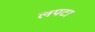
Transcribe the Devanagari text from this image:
लपटा